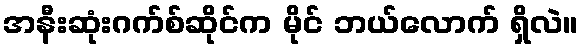
အနီးဆုံးဂက်စ်ဆိုင်က မိုင် ဘယ်လောက် ရှိလဲ။